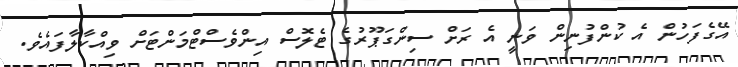
އޭގެފަހުން އެ ކުންފުނިން ވަނީ އެ ރަށް ސިންގަޕޫރުގެ ޓެލޮސް އިންވެސްޓްމަންޓަށް ވިއްކާލާފައެވެ.